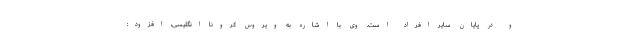
و در پایان سایر افراد است. وی با اشاره به ویروس کرونا انگلیسی، افزود: